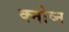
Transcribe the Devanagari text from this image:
क्नोव्न